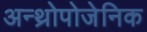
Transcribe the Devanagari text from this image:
अन्थ्रोपोजेनिक